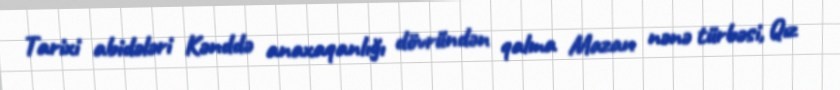
Tarixi abidələri Kənddə anaxaqanlığı dövründən qalma Mazan nənə türbəsi, Qız